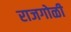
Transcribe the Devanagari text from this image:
राजगोळी